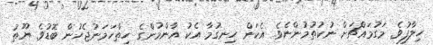
ހިލާފުވެ